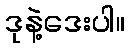
ဒုနဲ့ဒေးပါ။